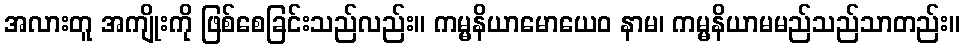
အလားတူ အကျိုးကို ဖြစ်စေခြင်းသည်လည်း။ ကမ္မနိယာမောယေဝ နာမ၊ ကမ္မနိယာမမည်သည်သာတည်း။